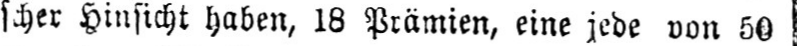
scher Hinsicht haben, 18 Prämien, eine jede von 50